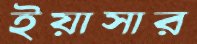
ইয়াসার